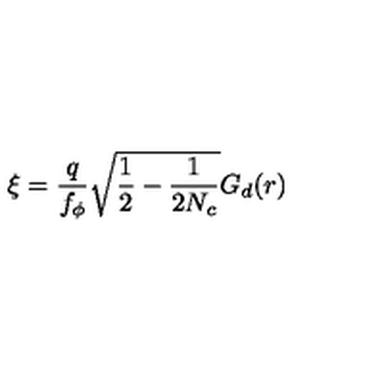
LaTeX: \xi = \frac { q } { f _ { \phi } } \sqrt { \frac { 1 } { 2 } - \frac { 1 } { 2 N _ { c } } } G _ { d } ( r )